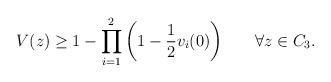
LaTeX: \begin{align*}V(z)\geq 1-\prod_{i=1}^2{\left(1-\frac{1}{2}v_i(0)\right)}\qquad\forall z\in C_3.\end{align*}